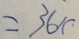
= 3 6 x .